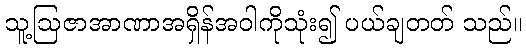
သူ့ဩဇာအာဏာအရှိန်အဝါကိုသုံး၍ ပယ်ချတတ် သည်။